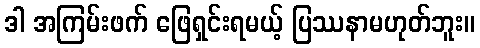
ဒါ အကြမ်းဖက် ဖြေရှင်းရမယ့် ပြဿနာမဟုတ်ဘူး။